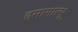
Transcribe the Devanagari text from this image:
हमामात्सू